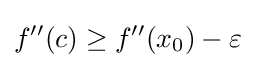
f''(c)\geq f''(x_{0})-\varepsilon